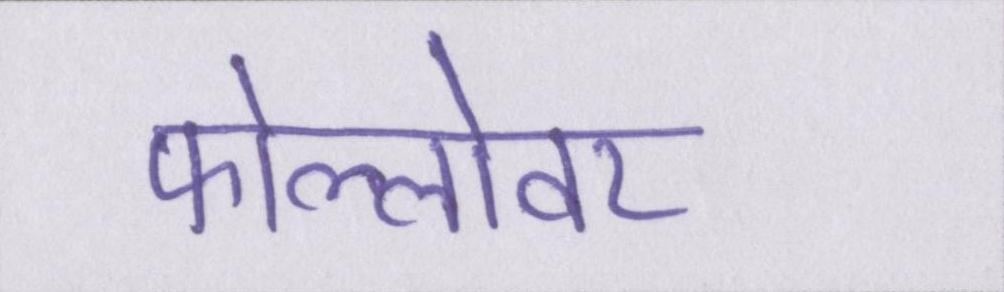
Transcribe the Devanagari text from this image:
फोल्लोवर